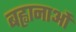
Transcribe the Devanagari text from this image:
बह्वानाओं